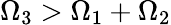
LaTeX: \Omega_{3}>\Omega_{1}+\Omega_{2}